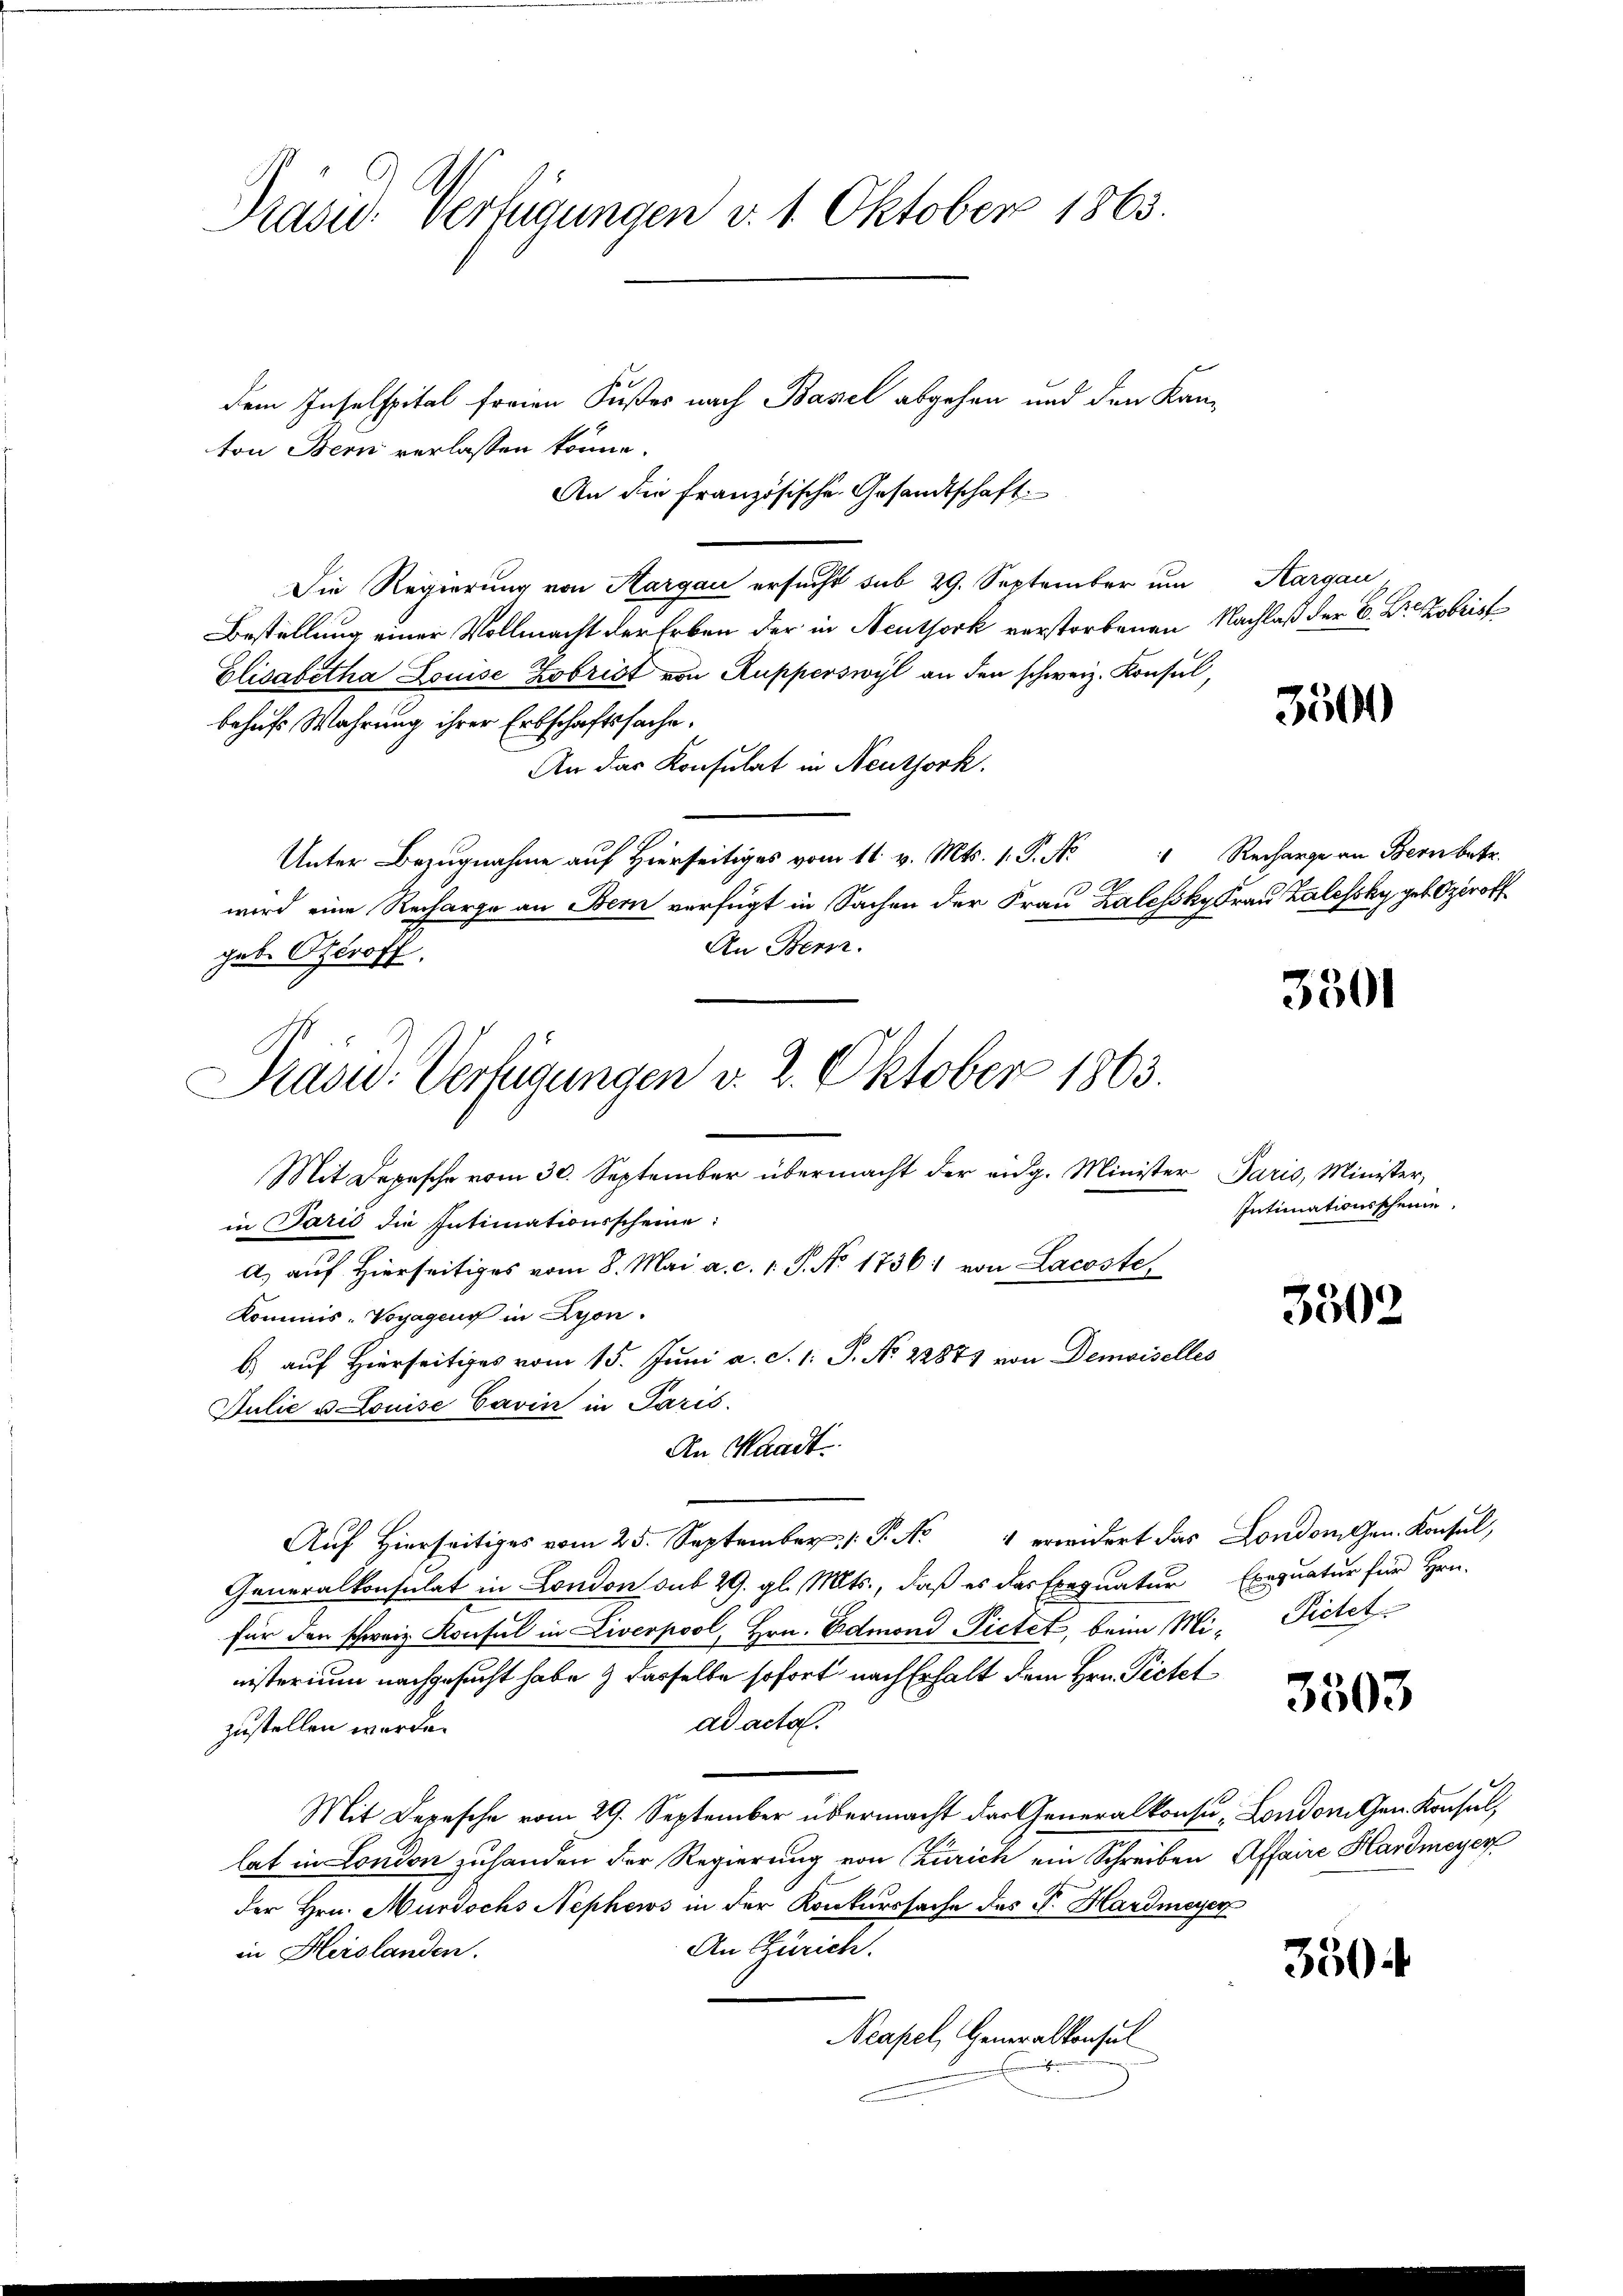
dem Inselspital ferien Fußes nach Basel abgehen und den Kanton Bern verlassen könne.
An die Französische Gesandtschaft
Die Regierung von Aargau ersucht sub 29. September um Aargau,
Bestellung einer Vollmacht der Erben der in Neuthork verstorbenen Nachlaß der B. Dr. Kobris
Elisabetha Louise Kobrist von Rupperswyl an den schweiz. Konsul,
behufs Wahrung ihrer Erbschaftssache.
An das Konsulat in Neuthork.
Unter Bezugnahme auf Hierseitig vom 11 v. Mts. 1. P. N. Recharge an Bern betr.
wird eine Recharge an Bern verfügt in Sachen der Frau Zalessky Frau Zalessky geb. Operoff
An Bern.
geb. Oberoff
Mit Depesche vom 30. September übermacht der eidg. Minister Paris, Minister,
in Paris die Intimationsscheine:
A.) auf Hierseitiges vom 8. Mai a. c. 1. P. No. 1736) von Lacoste
Kommis-Voyagens in Lyon.
b.) auf Hierseitiges vom 15. Juni a. S. 1: P. Nr. 22871 von Demoiselles
Julie u. Louise Carin in Paris.
An Waadt.
Aŭf Hierseits vom 25. September 1. P. Nr. 4 erwidert das London gen. Konsul,
Generalkonsulat in London sub 29. gl. Mts., daß es das Exequatur Exequatur für Hrn.
für den schweiz. Konsul in Liverpool, Hrn. Edmond Pietet, beim Mi-Pietet
nisterium nachgesucht habe & dasselbe sofort nach Erhalt dem Hrn. Pietet
ad acta.
zustellen wurde.
Mit Depesche vom 29. September übermacht das Generalkonsu, Londoni Gen. Konsul,
lat in London zuhanden der Regierung von Zürich ein Schreiben Affaire Hardmeyer
der Hrn. Murdochs Nephews in der Konkurssache des P. Hardmeyer
An Zürich.
in Heislanden.
Neapel, Generalkonsul

Präsid.. Verfügungen v. 1. Oktober 1863.

Präsid. Verfügungen v. 2. Oktober 1863.

3500

3501

Intimationsscheine

3302

3503

350.